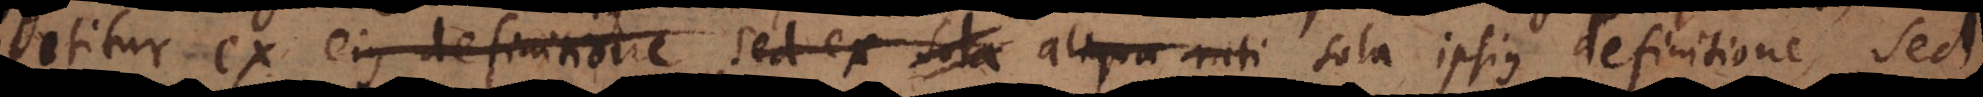
petitur ex ejus definitione, sed ex sola aliqua rati sola ipsius definitione, sed